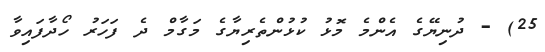
25) - ދުނިޔޭގެ އެންމެ މޮޅު ކުޅުންތެރިޔާގެ މަގާމް ދެ ފަހަރު ހޯދާފައިވާ